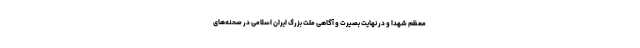
معظم شهدا و در نهایت بصیرت و آگاهی ملت بزرگ ایران اسلامی در صحنه‌های